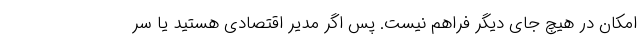
امکان در هیچ جای دیگر فراهم نیست. پس اگر مدیر اقتصادی هستید یا سر